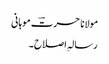
مولانا حسرتؔ موہانی
رسالہِ اصلاح ۔